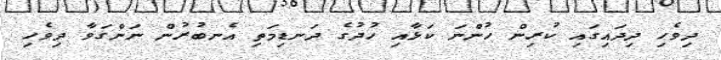
ދިވެހި ދިދައިގައި ކުރިން ހުންނަ ކަޅާއި ހުދުގެ ދަނޑިމަތި އެނބުރުން ނަންގަވާ ދިވެހި